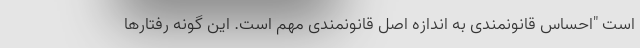
است "احساس قانونمندی به اندازه اصل قانونمندی مهم است. این گونه رفتارها